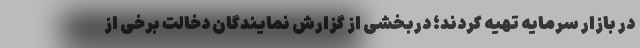
در بازار سرمایه تهیه کردند؛ دربخشی از گزارش نمایندگان دخالت برخی از